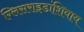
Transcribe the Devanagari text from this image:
ग्लिसराइडांशिवाय